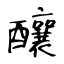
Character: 釀